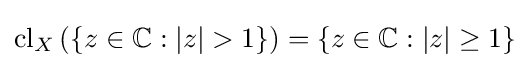
\operatorname {cl} _{X}\left(\{z\in \mathbb {C} :|z|>1\}\right)=\{z\in \mathbb {C} :|z|\geq 1\}